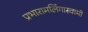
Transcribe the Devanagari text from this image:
प्रभारामलिंगास्वामी